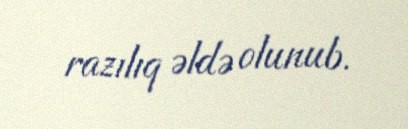
razılıq əldə olunub.